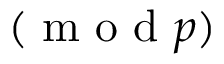
( { \textrm { m o d } } p )